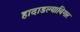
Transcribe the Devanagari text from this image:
हादाडल्याबिगार